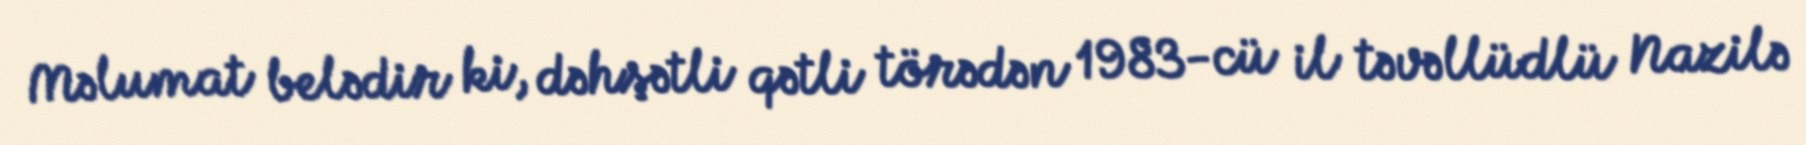
Məlumat belədir ki, dəhşətli qətli törədən 1983-cü il təvəllüdlü Nazilə